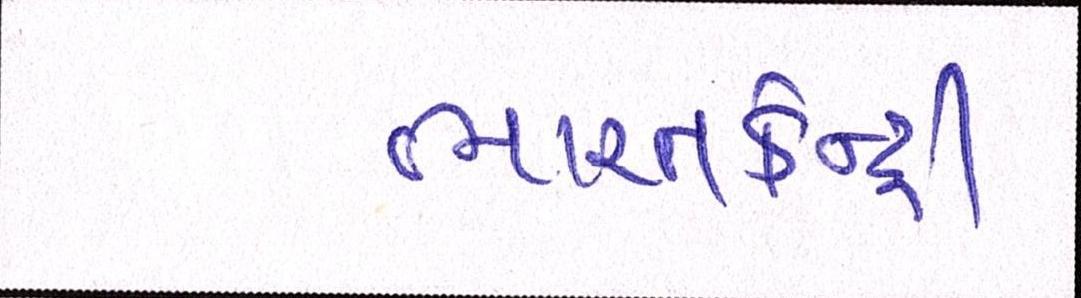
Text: ભારતકેન્દ્રી